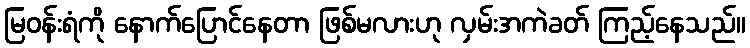
မြဝန်းရံကို နောက်ပြောင်နေတာ ဖြစ်မလားဟု လှမ်းအကဲခတ် ကြည့်နေသည်။